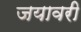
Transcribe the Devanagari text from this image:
जयावरी